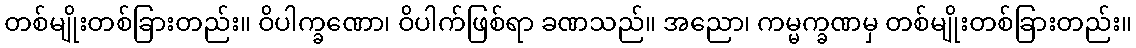
တစ်မျိုးတစ်ခြားတည်း။ ဝိပါက္ခဏော၊ ဝိပါက်ဖြစ်ရာ ခဏသည်။ အညော၊ ကမ္မက္ခဏမှ တစ်မျိုးတစ်ခြားတည်း။